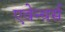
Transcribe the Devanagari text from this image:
एवेन्चर्स